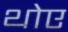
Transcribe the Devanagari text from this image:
थोए